Vaccination in the Punjab 1867-1880 - 1867-1880
Year: 1867
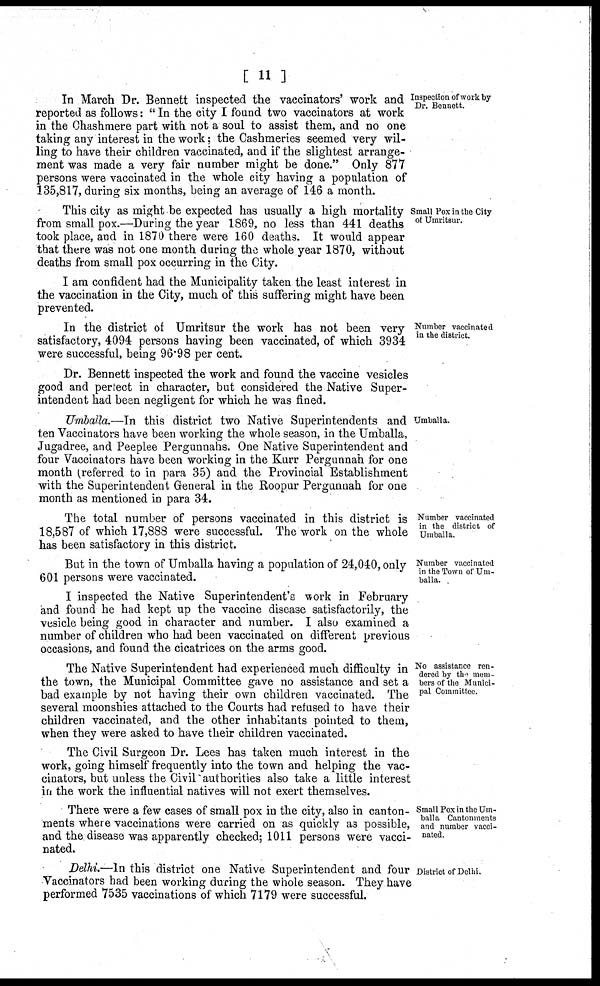
[ 11 ]
Inspection of work by
Dr. Bennett.
In March Dr. Bennett inspected the vaccinators' work and
reported as follows: " In the city I found two vaccinators at work
in the Chashmere part with not a soul to assist them, and no one
taking any interest in the work; the Cashmeries seemed very wil-
ling to have their children vaccinated, and if the slightest arrange-
ment was made a very fair number might be done." Only 877
persons were vaccinated in the whole city having a population of
135,817, during six months, being an average of 146 a month.
Small Pox in the City
of Umritsur.
This city as might be expected has usually a high mortality
from small pox.—During the year 1869, no less than 441 deaths
took place, and in 1870 there were 160 deaths. It would appear
that there was not one month during the whole year 1870, without
deaths from small pox occurring in the City.
I am confident had the Municipality taken the least interest in
the vaccination in the City, much of this suffering might have been
prevented.
Number vaccinated
in the district.
In the district of Umritsur the work has not been very
satisfactory, 4094 persons having been vaccinated, of which 3934
were successful, being 96.98 per cent.
Umballa.
Dr. Bennett inspected the work and found the vaccine vesicles
good and perfect in character, but considered the Native Super-
intendent had been negligent for which he was fined.
Umballa.—In this district two Native Superintendents and
ten Vaccinators have been working the whole season, in the Umballa,
Jugadree, and Peeplee Pergunnahs. One Native Superintendent and
four Vaccinators have been working in the Kurr Pergunnah for one
month (referred to in para 35) and the Provincial Establishment
with the Superintendent General in the Roopur Pergunnah for one
month as mentioned in para 34.
Number vaccinated
in the district of
Umballa.
The total number of persons vaccinated in this district is
18,587 of which 17,888 were successful. The work on the whole
has been satisfactory in this district.
Number vaccinated
in the Town of Um-
balla.
But in the town of Umballa having a population of 24,040, only
601 persons were vaccinated.
I inspected the Native Superintendent's work in February
and found he had kept up the vaccine disease satisfactorily, the
vesicle being good in character and number. I also examined a
number of children who had been vaccinated on different previous
occasions, and found the cicatrices on the arms good.
No assistance ren-
dered by the mem-
bers of the Munici-
pal Committee.
The Native Superintendent had experienced much difficulty in
the town, the Municipal Committee gave no assistance and set a
bad example by not having their own children vaccinated. The
several moonshies attached to the Courts had refused to have their
children vaccinated, and the other inhabitants pointed to them,
when they were asked to have their children vaccinated.
The Civil Surgeon Dr. Lees has taken much interest in the
work, going himself frequently into the town and helping the vac-
cinators, but unless the Civil authorities also take a little interest
in the work the influential natives will not exert themselves.
Small Pox in the Um-
balla Cantonments
and number vacci-
nated.
There were a few cases of small pox in the city, also in canton-
ments where vaccinations were carried on as quickly as possible,
and the disease was apparently checked; 1011 persons were vacci-
nated.
District of Delhi.
Delhi.—In this district one Native Superintendent and four
Vaccinators had been working during the whole season. They have
performed 7535 vaccinations of which 7179 were successful.